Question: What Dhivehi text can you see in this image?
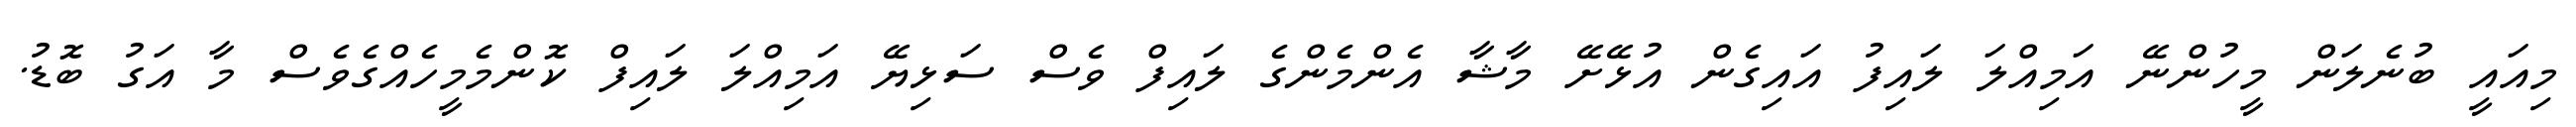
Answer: މިއައީ ބުނެލަން މީހުންނޭ އަމިއްލަ ލައިފު އައިގެން އުޅޭށޭ މާޝާ އެންމެންގެ ލައިފް ވެސް ސަޅިޔޭ އަމިއްލަ ލައިފް ކޮންމެމީހެއްގެވެސް މާ އަގު ބޮޑު.